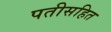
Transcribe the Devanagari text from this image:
पतीसहित